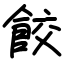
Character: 餃